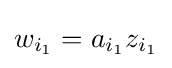
w_{i_{1}}=a_{i_{1}}z_{i_{1}}